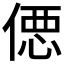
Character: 𰂢